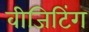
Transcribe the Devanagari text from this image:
वीजिटिंग